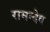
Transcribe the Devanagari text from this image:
रामन्देव